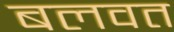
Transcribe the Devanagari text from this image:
बलवत